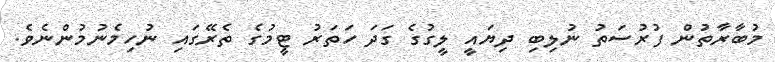
މުބާރާތުން ފުރުސަތު ނުލިބި ދިޔައީ ލީގުގެ ގަދަ ހަތަރު ޓީމުގެ ތެރޭގައި ނުހިމެނުމުންނެވެ.